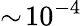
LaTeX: \sim\! 10^{-4}